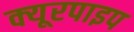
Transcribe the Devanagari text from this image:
क्‍यूरपाइप